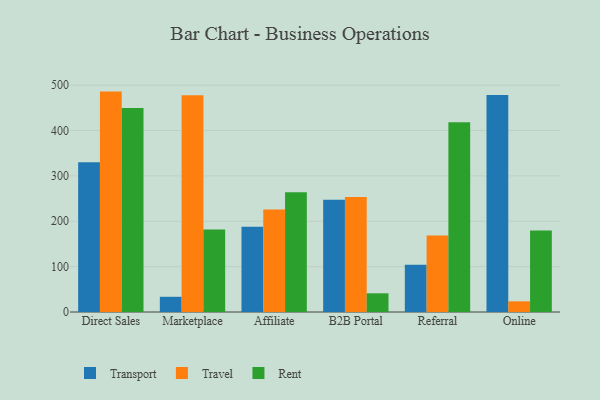
{"axis": {"x": "Channel", "y": "Shipments"}, "legend": ["Rent", "Transport", "Travel"], "data": [{"x": "Direct Sales", "y": 329.9, "type": "Transport"}, {"x": "Direct Sales", "y": 485.8, "type": "Travel"}, {"x": "Direct Sales", "y": 449.9, "type": "Rent"}, {"x": "Marketplace", "y": 33.5, "type": "Transport"}, {"x": "Marketplace", "y": 478.0, "type": "Travel"}, {"x": "Marketplace", "y": 181.8, "type": "Rent"}, {"x": "Affiliate", "y": 188.0, "type": "Transport"}, {"x": "Affiliate", "y": 226.1, "type": "Travel"}, {"x": "Affiliate", "y": 264.0, "type": "Rent"}, {"x": "B2B Portal", "y": 247.4, "type": "Transport"}, {"x": "B2B Portal", "y": 253.7, "type": "Travel"}, {"x": "B2B Portal", "y": 41.2, "type": "Rent"}, {"x": "Referral", "y": 104.2, "type": "Transport"}, {"x": "Referral", "y": 168.4, "type": "Travel"}, {"x": "Referral", "y": 418.2, "type": "Rent"}, {"x": "Online", "y": 478.1, "type": "Transport"}, {"x": "Online", "y": 23.5, "type": "Travel"}, {"x": "Online", "y": 179.4, "type": "Rent"}]}